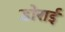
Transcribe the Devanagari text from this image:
डोराई